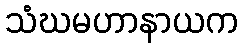
သံဃမဟာနာယက